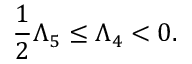
\frac { 1 } { 2 } \Lambda _ { 5 } \leq \Lambda _ { 4 } < 0 .